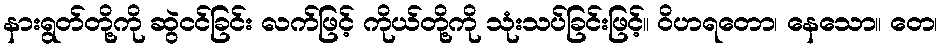
နားရွတ်တို့ကို ဆွဲငင်ခြင်း လက်ဖြင့် ကိုယ်တို့ကို သုံးသပ်ခြင်းဖြင့်။ ဝိဟရတော၊ နေသော။ တေ၊